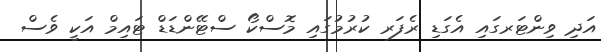
އަދި ވިންޓަރގައި އެގަޑި ރެފަރ ކުރުމުގައި މޮސްކޯ ސްޓޭންޑަޑް ޓައިމް އަކީ ވެސް